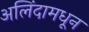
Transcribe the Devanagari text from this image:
अलिंदामधून